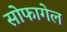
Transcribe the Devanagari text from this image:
सोफागेल